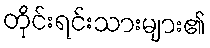
တိုင်းရင်းသားများ၏